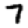
Digit: 7